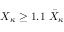
X _ { \kappa } \geq 1 . 1 ~ \bar { X } _ { \kappa }